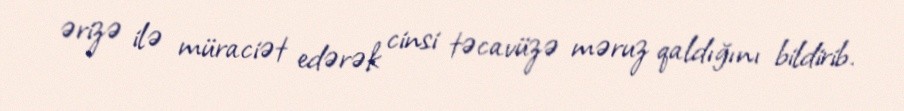
ərizə ilə müraciət edərək cinsi təcavüzə məruz qaldığını bildirib.